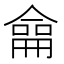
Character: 𠎤